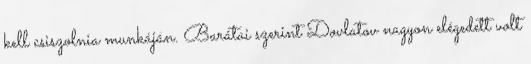
kell csiszolnia munkáján. Barátai szerint Dovlatov nagyon elégedett volt